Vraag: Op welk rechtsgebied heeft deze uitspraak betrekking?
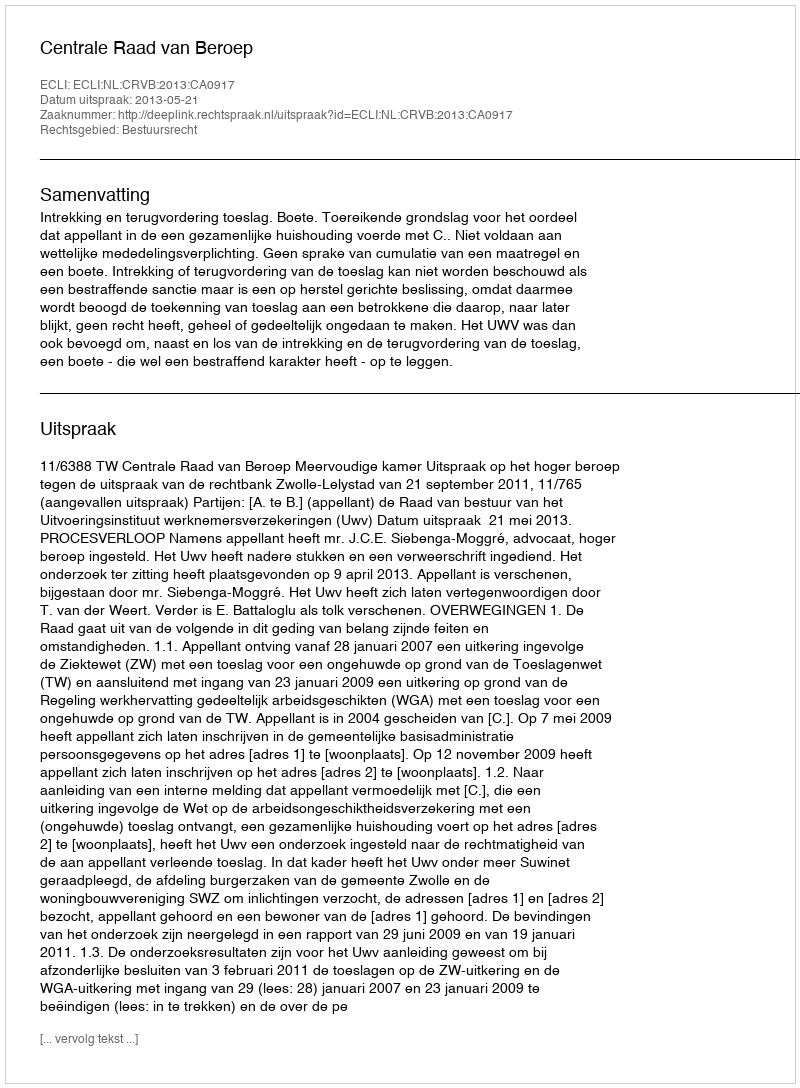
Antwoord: Bestuursrecht